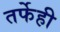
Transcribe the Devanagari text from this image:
तर्फेही